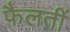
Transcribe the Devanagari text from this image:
फैलतीं